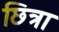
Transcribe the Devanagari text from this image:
छित्रा